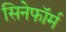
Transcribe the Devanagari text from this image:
सिनेफॉर्म